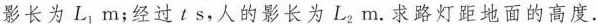
影长为L_{1}m；经过ts，人的影长为L_{2}m.求路灯距地面的高度.